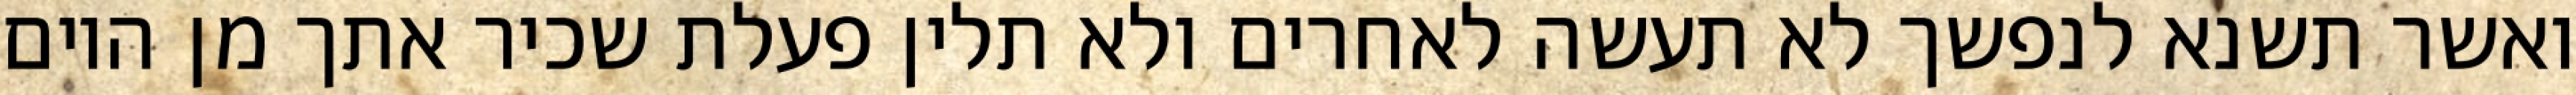
ואשר תשנא לנפשך לא תעשה לאחרים ולא תלין פעלת שכיר אתך מן היום